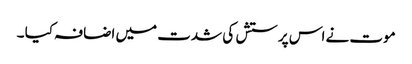
موت نے اس پرستش کی شدت میں اضافہ کیا ۔